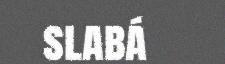
slabá